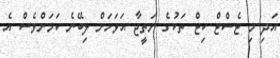
އަދި މި ޓެސްޓް ކިޓް ތަކުގެ ނަތީޖާ އަވަހަށް ލިބޭނެ ކަމަށްވެސް އެ